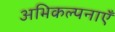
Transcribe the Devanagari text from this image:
अभिकल्पनाएँ